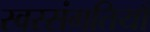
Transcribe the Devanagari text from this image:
स्वरसंगतियाँ